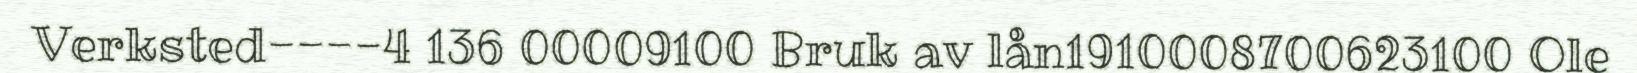
Verksted----4 136 00009100 Bruk av lån1910008700623100 Ole